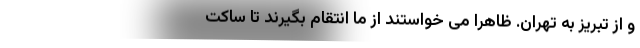
و از تبریز به تهران. ظاهرا می خواستند از ما انتقام بگیرند تا ساکت